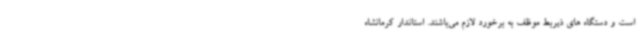
است و دستگاه های ذیربط موظف به برخورد لازم می‌باشند. استاندار کرمانشاه